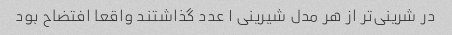
در شرینی‌تر از هر مدل شیرینی ۱ عدد گذاشتند واقعا افتضاح بود